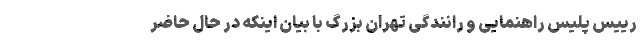
رییس پلیس راهنمایی و رانندگی تهران بزرگ با بیان اینکه در حال حاضر